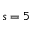
s = 5